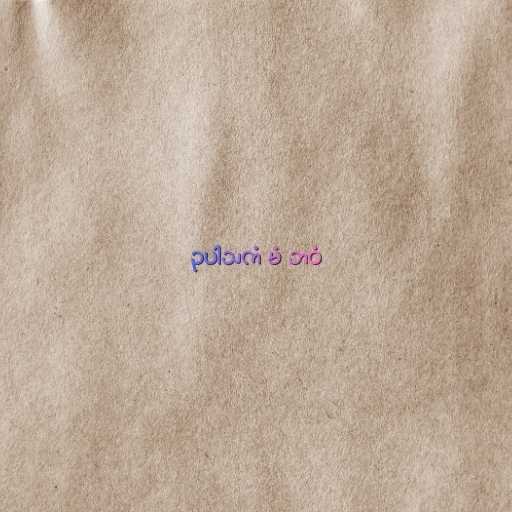
ဥပါသကံ မံ ဘဝံ